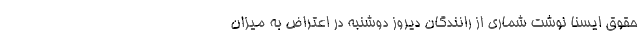
حقوق ایسنا نوشت شماری از رانندگان دیروز دوشنبه در اعتراض به میزان